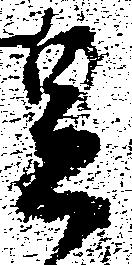
足